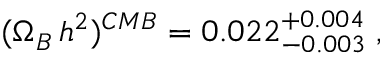
( \Omega _ { B } \, h ^ { 2 } ) ^ { C M B } = 0 . 0 2 2 _ { - 0 . 0 0 3 } ^ { + 0 . 0 0 4 } \; ,